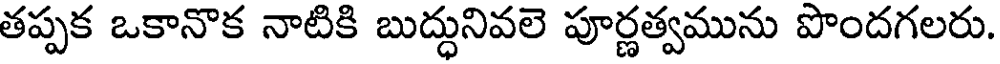
తప్పక ఒకానొక నాటికి బుద్ధునివలె పూర్ణత్వమును పొందగలరు.